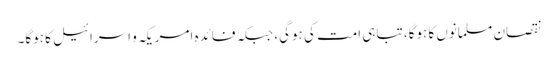
نقصان مسلمانوں کا ہوگا، تباہی امت کی ہوگی، جبکہ فائدہ امریکہ و اسرائیل کا ہوگا۔